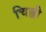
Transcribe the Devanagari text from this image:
चिह्ली